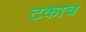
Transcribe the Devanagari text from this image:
टकाच